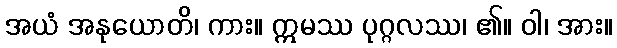
အယံ အနုယောတိ၊ ကား။ ဣမဿ ပုဂ္ဂလဿ၊ ၏။ ဝါ၊ အား။